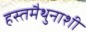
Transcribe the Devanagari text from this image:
हस्तमैथुनाशी